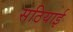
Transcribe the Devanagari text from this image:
सठियाई